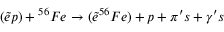
( { \tilde { e } } p ) + { ^ { 5 6 } } F e \rightarrow ( { \tilde { e } } ^ { 5 6 } F e ) + p + { \pi } ^ { \prime } s + { \gamma } ^ { \prime } s